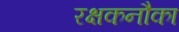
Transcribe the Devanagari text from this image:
रक्षकनौका